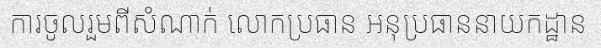
ការចូលរួមពីសំណាក់ លោកប្រធាន អនុប្រធាននាយកដ្ឋាន